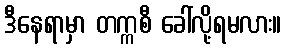
ဒီနေရာမှာ တက္ကစီ ခေါ်လို့ရမလား။